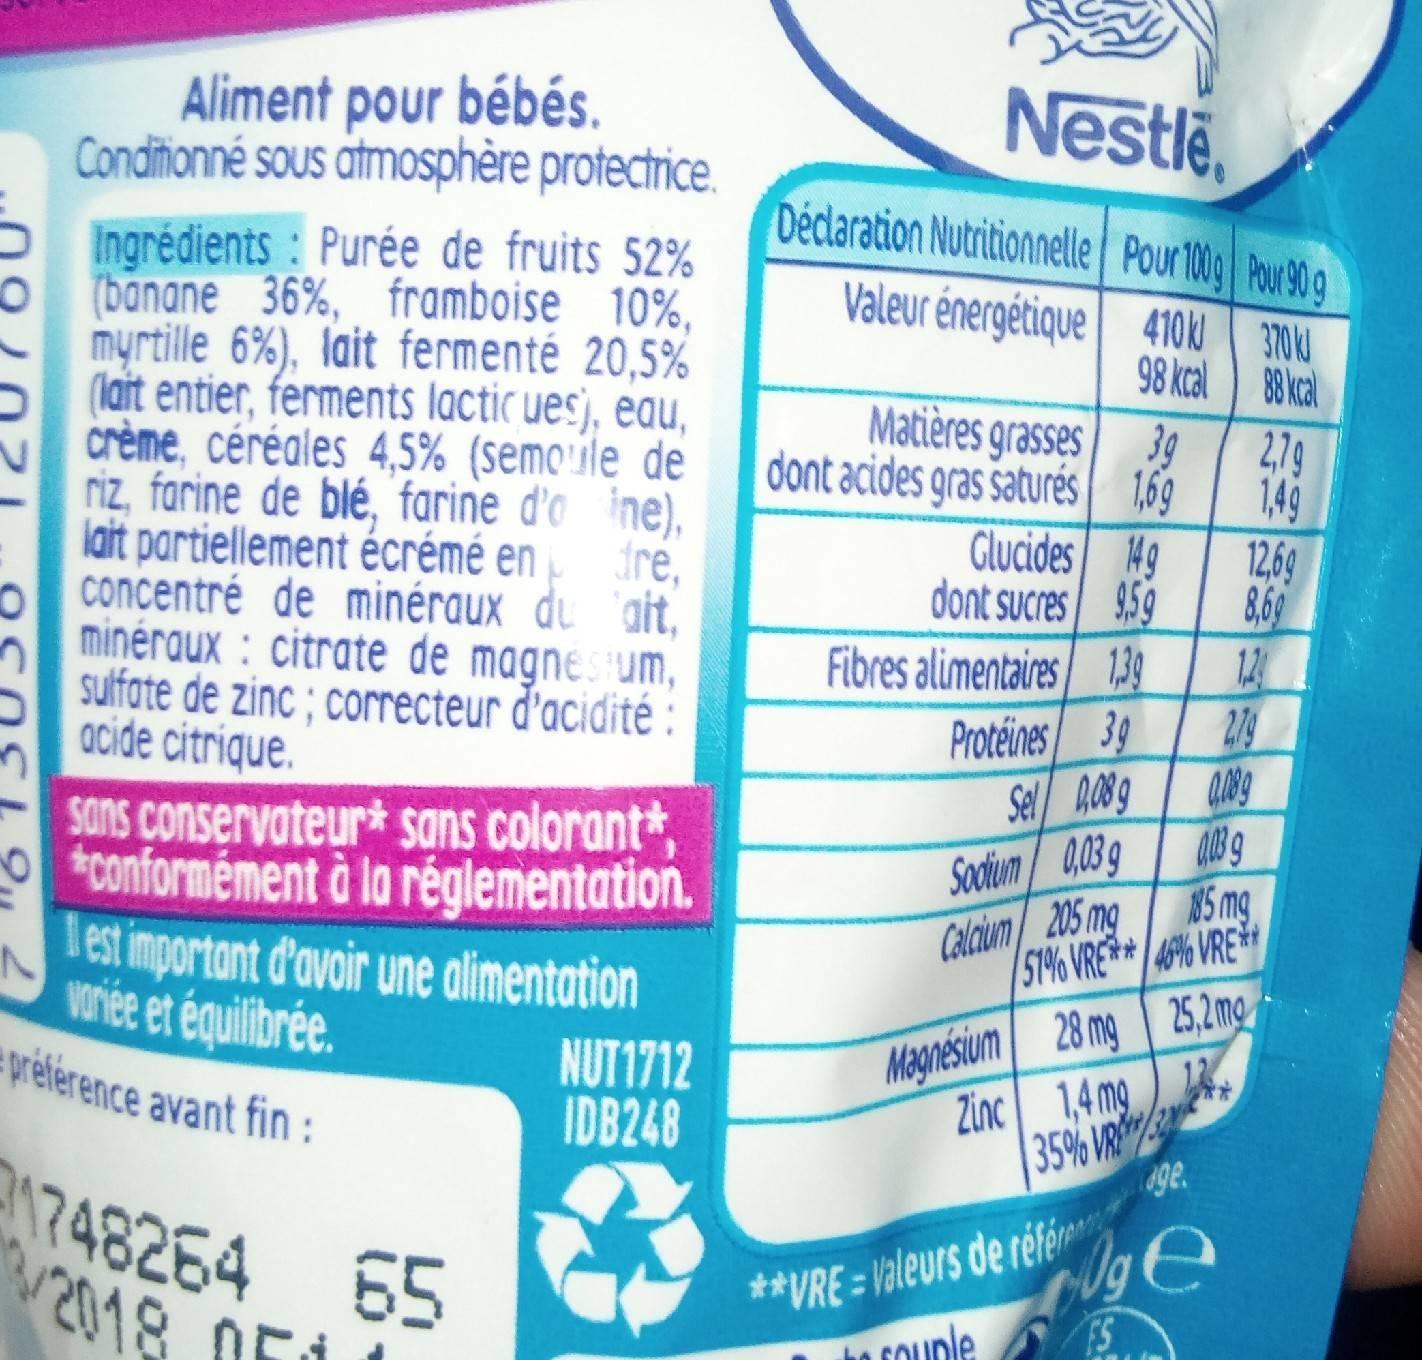
n
Aliment pour bébés. Conditionné sous atmosphère protectrice. Ingrédients: Purée de fruits 52% (banane 36%, framboise 10%, myrtille 6%), lait fermenté 20,5% (lait entier, ferments lactic ues), eau, crème, céréales 4,5% (semoule de riz, farine de blé, farine d'o ine), lait partiellement écrémé en dre, concentré de minéraux du lait, minéraux: citrate de magnestum, sulfate de zinc; correcteur d'acidité : acide citrique.
sans conservateur sans colorant*, conformément à la réglementation.
Il est important d'avoir une alimentation variée et équilibrée.
préférence avant fin :
1748264 65 /2018 OF
NUT1712 IDB248
Nestle,
Déclaration Nutritionnelle Pour 100g Pour 90 g
370
Valeur énergétique 410
98 kcal
Matières grasses
dont acides gras saturés
Glucides
149
dont sucres 959
Fibres alimentaires 1,39
Protéines 3g
Sel 0,08 g
Sodium 0,03 g
Calcium 205 mg
39
1,69
Magnésium
28 mg
Zinc 1,4 mg
35% VRE
0.03 9
N5 mg
51% VRE** 46% VRE**
25,2 mg
12
age
Og e
FS
**VRE=Valeurs de référe
to couple
88 kcal
2,79
1,49
12,69
8,69
12
2.79
0.089